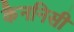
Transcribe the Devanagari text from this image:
कैननिसी